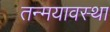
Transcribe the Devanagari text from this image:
तन्मयावस्था